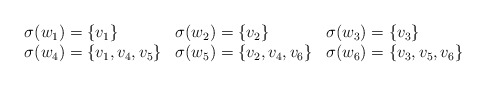
\begin{align*}\begin{array}{lll}\sigma(w_1) = \{ v_1\} & \sigma(w_2) = \{ v_2 \} & \sigma(w_3) = \{ v_3 \} \\\sigma(w_4) = \{ v_1, v_4, v_5 \} & \sigma(w_5) = \{ v_2, v_4, v_6 \} & \sigma(w_6) = \{ v_3, v_5, v_6 \}\end{array}\end{align*}